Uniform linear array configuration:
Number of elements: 12
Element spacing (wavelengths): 0.25
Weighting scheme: hann
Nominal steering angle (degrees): -15
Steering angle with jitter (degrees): -16.18
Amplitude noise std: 0.05
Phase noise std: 0.05

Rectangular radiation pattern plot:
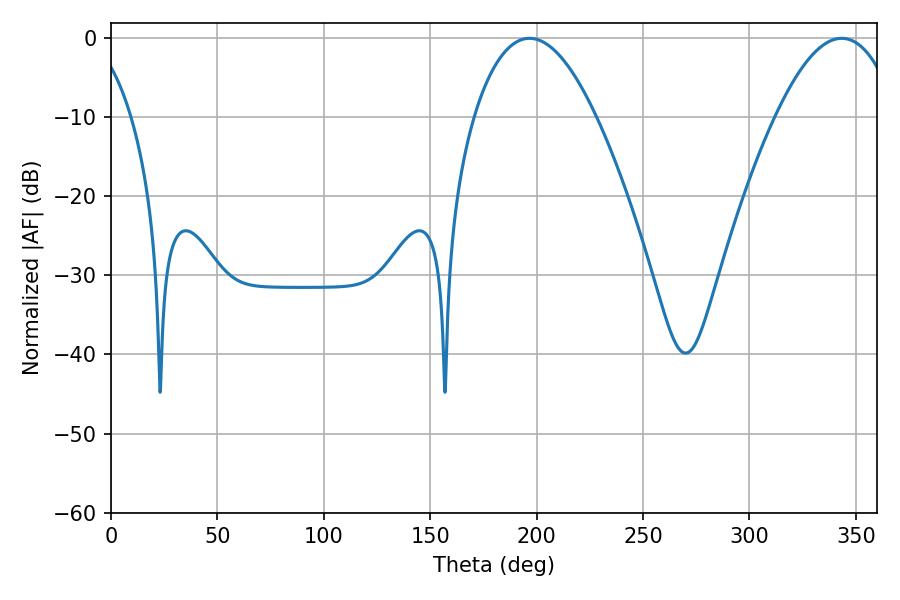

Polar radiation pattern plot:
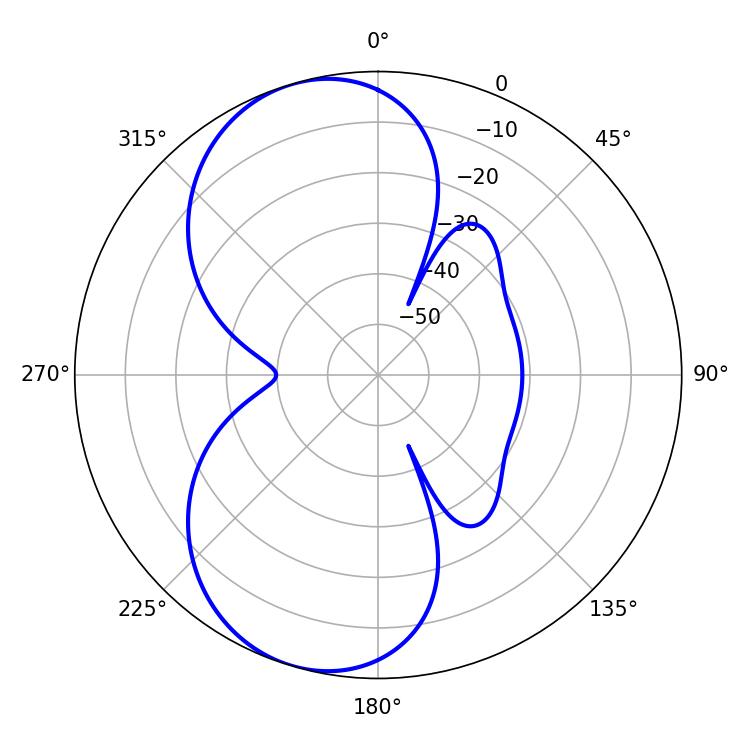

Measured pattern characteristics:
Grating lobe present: FALSE
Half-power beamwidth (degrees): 31.68
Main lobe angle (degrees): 196.74